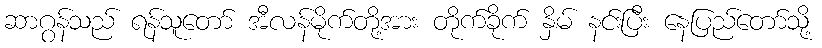
ဆာဂွန်သည် ရန်သူတော် အီလန်မိုက်တို့အား တိုက်ခိုက် နှိမ် နင်းပြီး နေပြည်တော်သို့